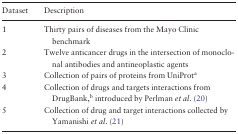
| Dataset | Description |
 | --- | --- |
 | 1 | Thirty pairs of diseases from the Mayo Clinic benchmark |
 | 2 | Twelve anticancer drugs in the intersection of monoclonal antibodies and antineoplastic agents |
 | 3 | Collection of pairs of proteins from UniProta |
 | 4 | Collection of drugs and targets interactions from DrugBank,b introduced by Perlman et al. (20) |
 | 5 | Collection of drug and target interactions collected by Yamanishi et al. (21) |